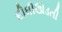
દીધીઊડતી